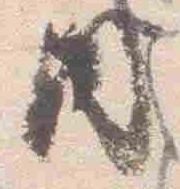
内